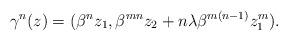
LaTeX: \begin{align*}\gamma^n(z)=(\beta^n z_1,\beta^{mn}z_2+n\lambda \beta^{m(n-1)}z_1^m).\end{align*}